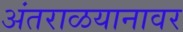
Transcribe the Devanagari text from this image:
अंतराळयानावर